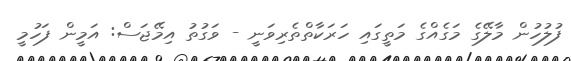
ފުލުހުން މާލޭގެ މަގެއްގެ މަތީގައި ހަރަކާތްތެރިވަނީ - ވަގުތު އިމޭޖަސް: އަމީން ފަހުމީ